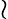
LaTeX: \wr